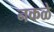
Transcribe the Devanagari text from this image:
नकळे